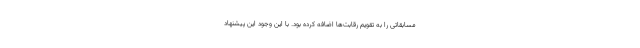
مسابقاتی را به تقویم رقابت‌ها اضافه کرده بود. با این وجود این پیشنهاد